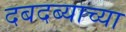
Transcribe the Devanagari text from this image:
दबदब्याच्या